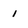
Character: 1